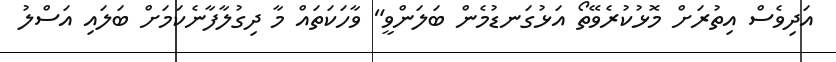
އަދިވެސް އިތުރަށް މޮޅުކުރެވޭތޯ އަޅުގަނޑުމެން ބަލަންވީ" ވާހަކަތައް މާ ދިގުލާފާނެކަމަށް ބަލައި އަސްލު